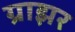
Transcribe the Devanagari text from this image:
ग्राझर